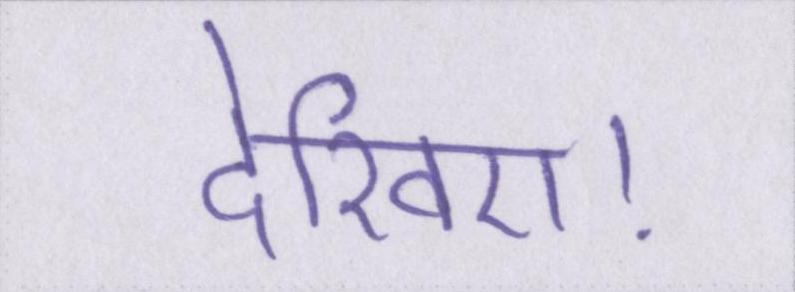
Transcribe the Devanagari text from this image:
देखिए।